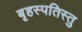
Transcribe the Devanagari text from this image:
बृहस्पतिस्तु